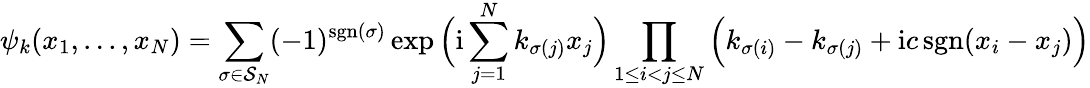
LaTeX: \psi_{k}(x_{1},...,x_{N})=\sum_{\sigma\in\mathcal{S}_{N}}(-1)^{\mathrm{sgn}(\sigma)}\exp\Big(\mathrm{i}\sum_{j=1}^{N}k_{\sigma(j)}x_{j}\Big)\prod_{1\leq i<j\leq N}\Big(k_{\sigma(i)}-k_{\sigma(j)}+\mathrm{i}c\, \mathrm{sgn}(x_{i}-x_{j})\Big)